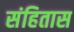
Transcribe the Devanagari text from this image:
संहितास